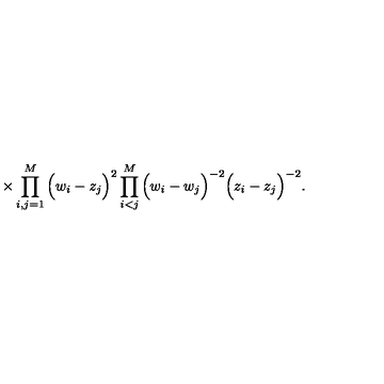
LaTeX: \times \prod _ { i , j = 1 } ^ { M } \Big ( w _ { i } - z _ { j } \Big ) ^ { 2 } \prod _ { i < j } ^ { M } \Big ( w _ { i } - w _ { j } \Big ) ^ { - 2 } \Big ( z _ { i } - z _ { j } \Big ) ^ { - 2 } .